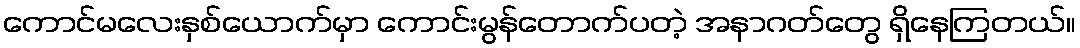
ကောင်မလေးနှစ်ယောက်မှာ ကောင်းမွန်တောက်ပတဲ့ အနာဂတ်တွေ ရှိနေကြတယ်။